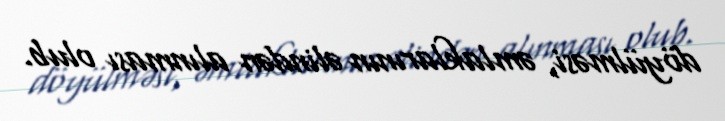
döyülməsi, əmlaklarının əlindən alınması olub.